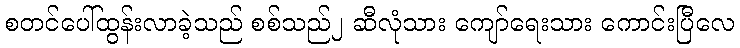
စတင်ပေါ်ထွန်းလာခဲ့သည် စစ်သည်၂ ဆီလုံသား ကျော်ရေးသား ကောင်းပြီလေ